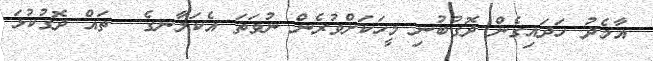
އާމެދު ހަދައިގެން ދޮގުބުނި މީހަކަށްވުރެން ނުވަތަ އެކަލާނގެ  ތައް ދޮގުކުޅަ